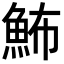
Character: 𩶉